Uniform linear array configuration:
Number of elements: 24
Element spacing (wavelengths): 0.5
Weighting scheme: uniform
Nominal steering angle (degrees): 45
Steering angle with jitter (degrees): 46.706
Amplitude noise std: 0.05
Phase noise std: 0.05

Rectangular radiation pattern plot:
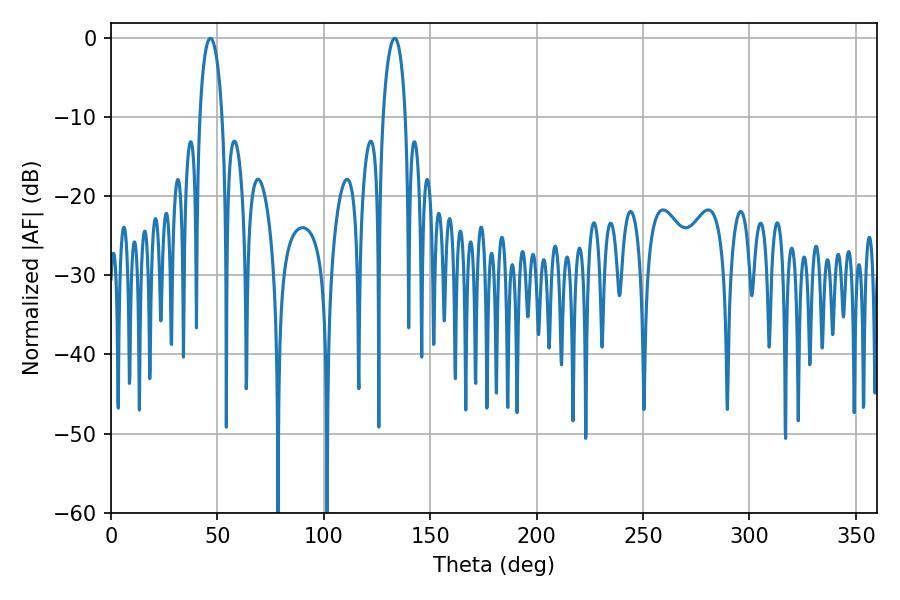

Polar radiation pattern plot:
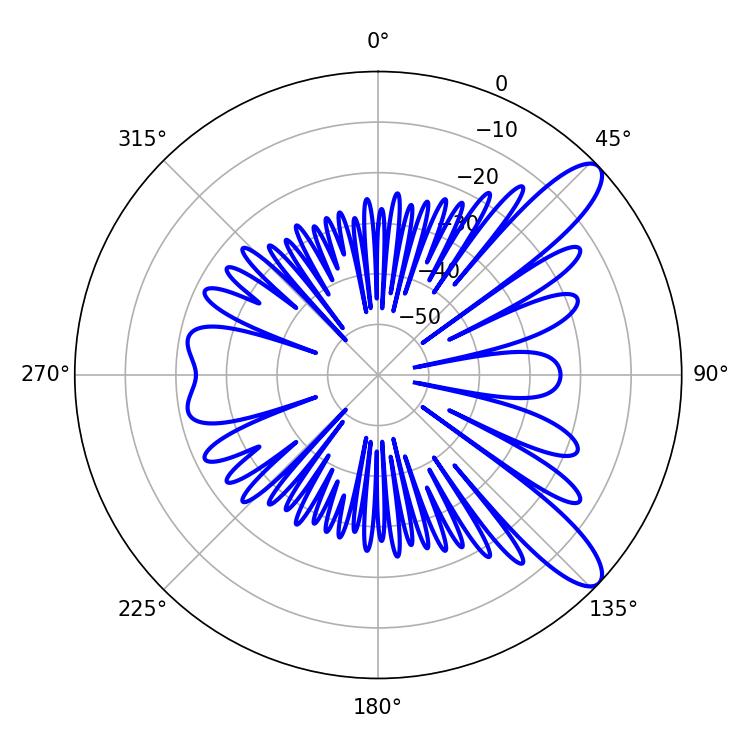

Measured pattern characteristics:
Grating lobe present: FALSE
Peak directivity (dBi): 10.675
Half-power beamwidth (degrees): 6.12
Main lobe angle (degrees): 46.62